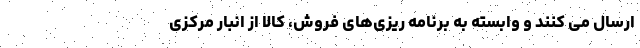
ارسال می­ کنند و وابسته به برنامه ­­ریزی­های فروش، کالا از انبار مرکزی